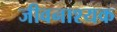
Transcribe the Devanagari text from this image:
जीवनाश्यक